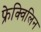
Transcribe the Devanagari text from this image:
फ्रेक्विलिन